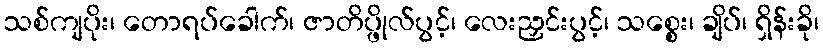
သစ်ကျပိုး၊ တောရပ်ခေါက်၊ ဇာတိပ္ဖိုလ်ပွင့်၊ လေးညှင်းပွင့်၊ သစ္စေး၊ ချိပ်၊ ရှိန်းခို၊